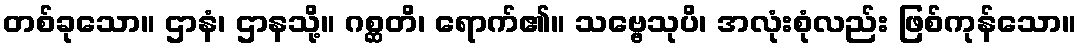
တစ်ခုသော။ ဌာနံ၊ ဌာနသို့။ ဂစ္ဆတိ၊ ရောက်၏။ သဗ္ဗေသုပိ၊ အလုံးစုံလည်း ဖြစ်ကုန်သော။